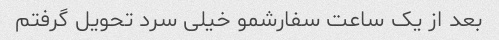
بعد از یک ساعت سفارشمو خیلی سرد تحویل گرفتم